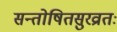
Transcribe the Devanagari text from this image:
सन्तोषितसुरव्रातः